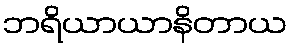
ဘရိယာယာနိတာယ